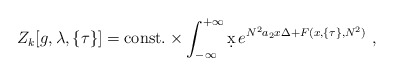
\begin{align*}Z_k [g,\lambda,\{\tau\}]={\rm const.}\times\int_{-\infty}^{+\infty}\d x\, e^{N^2 a_2 x\Delta + F(x, \{\tau\}, N^2)}\ ,\end{align*}